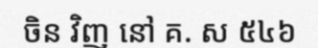
ចិន វិញ នៅ គ. ស ៥៤៦